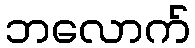
ဘလောက်